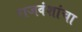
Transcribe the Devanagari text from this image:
राजवंशांचा